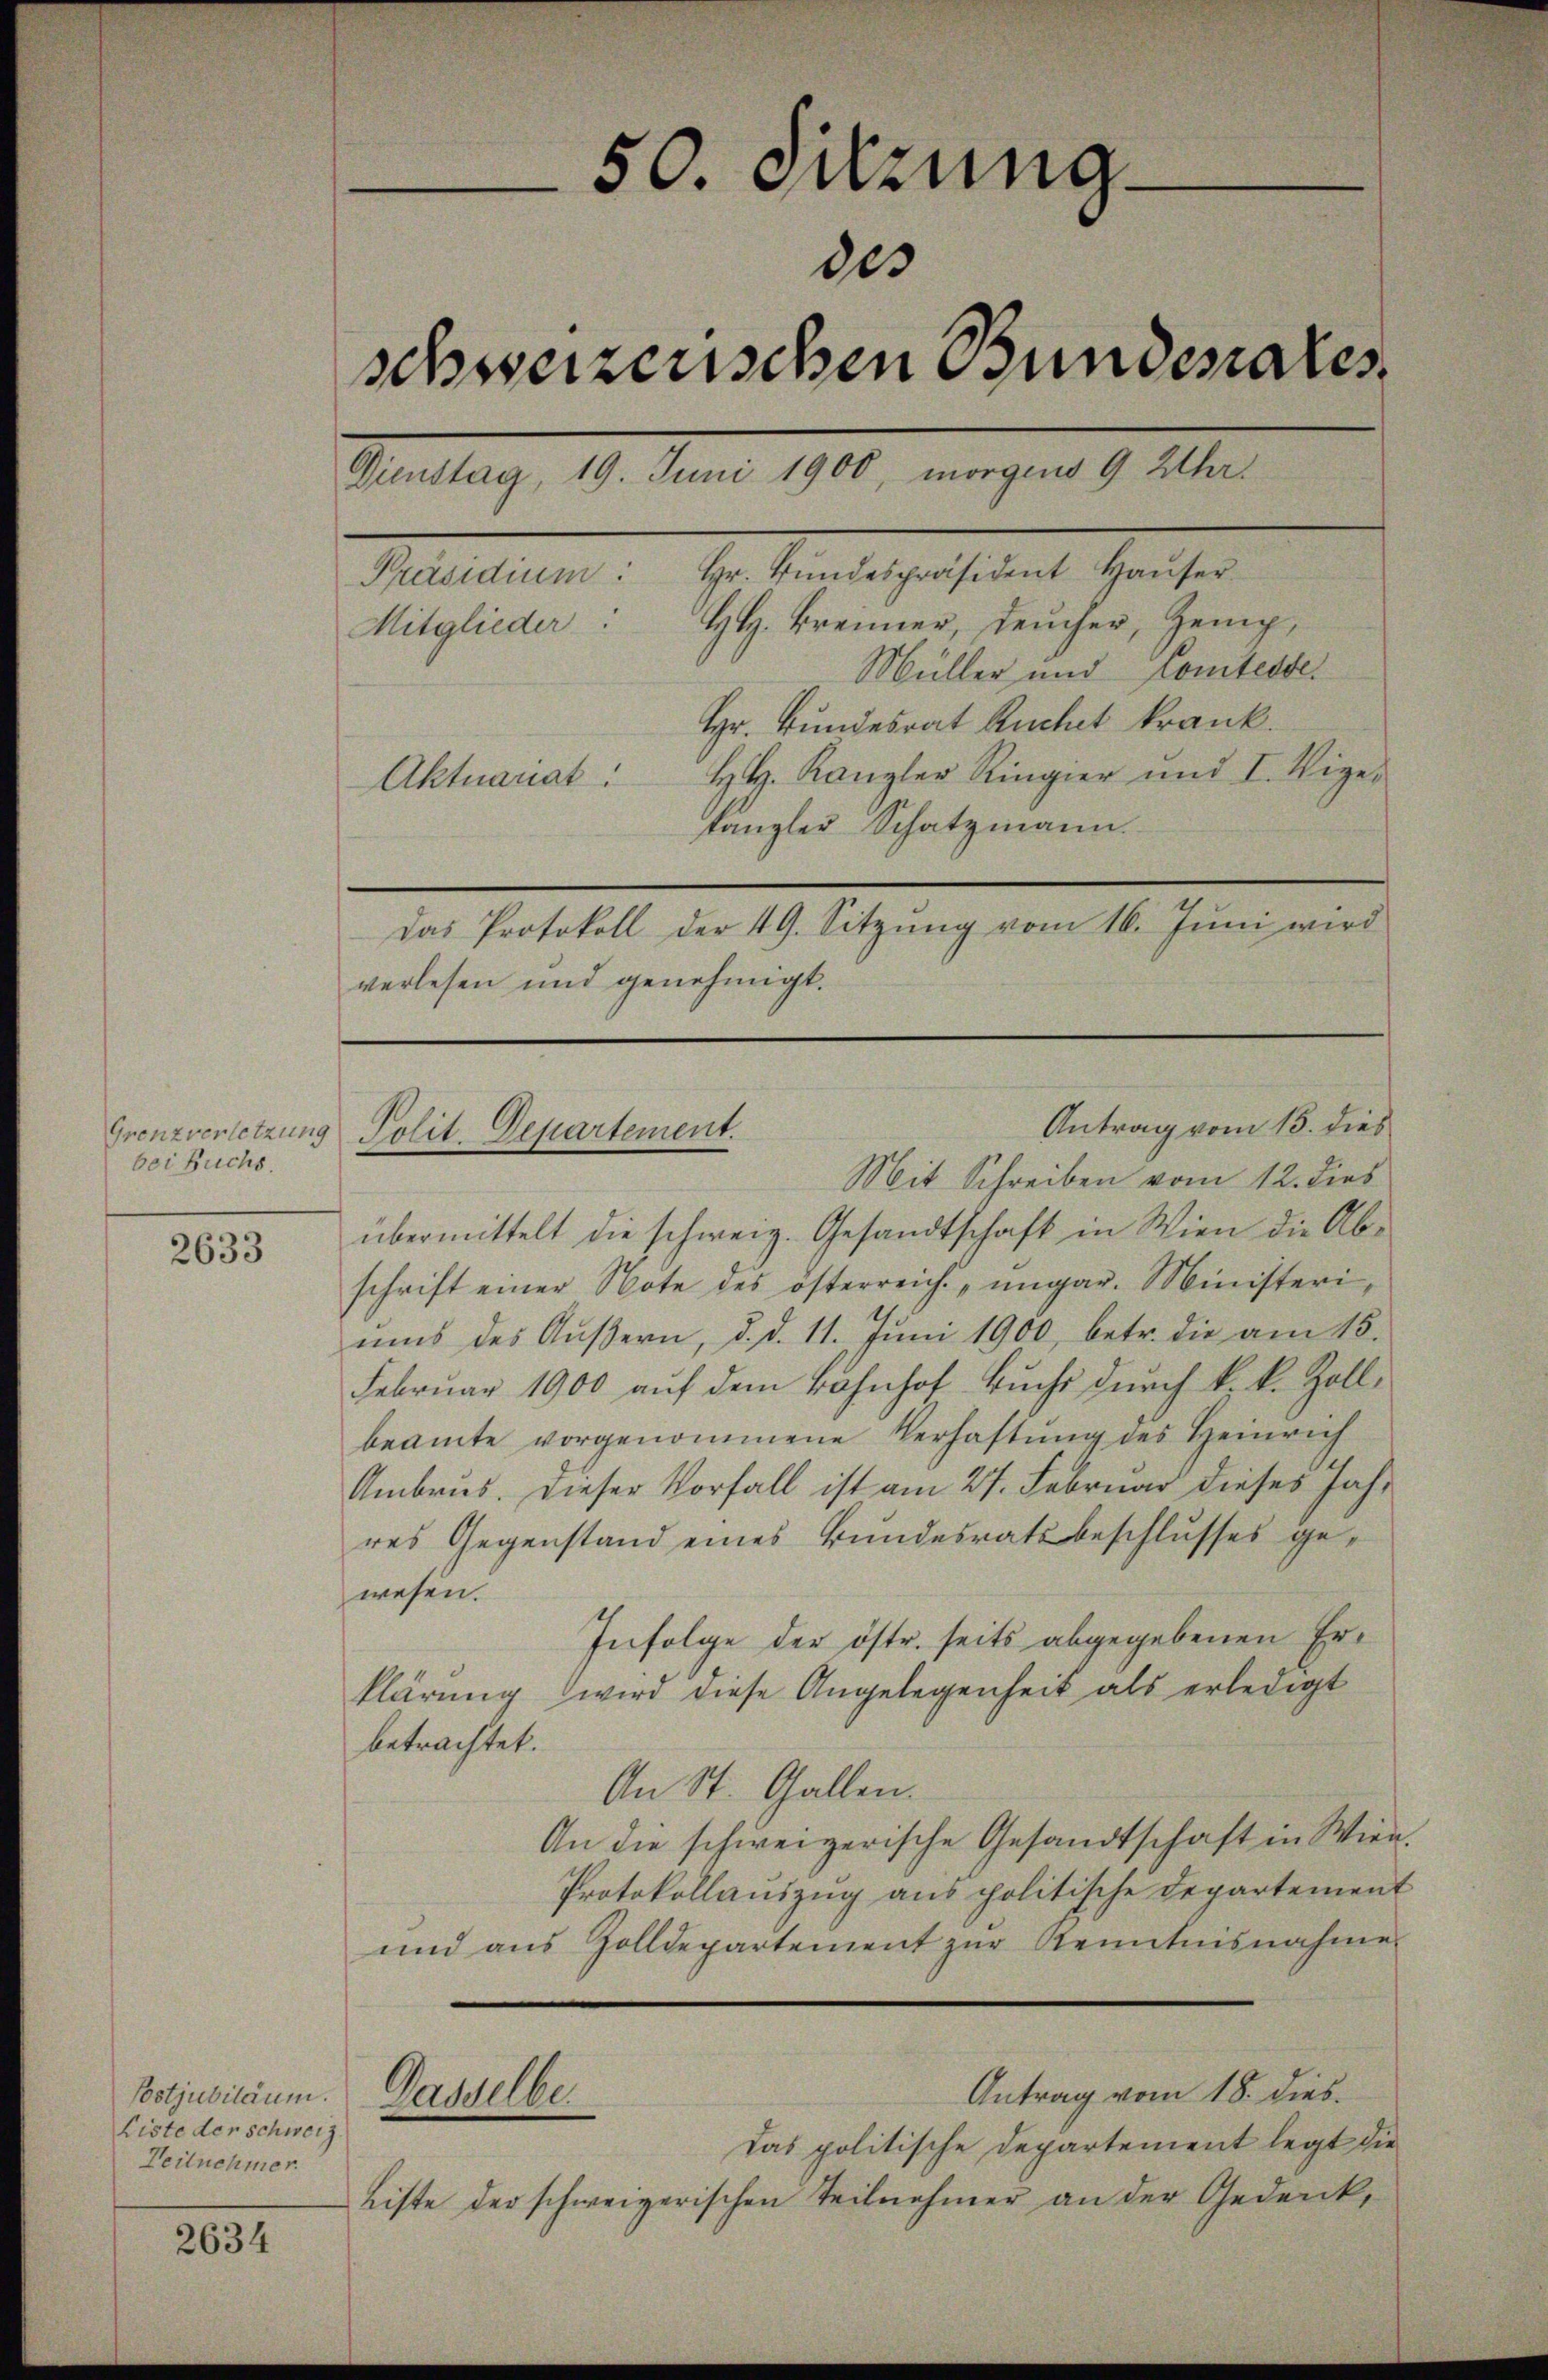
bei Buchs.

2633

Costjubiläum.
Liste der Schweiz.
Teilnehmer.

2634

50. Sitzung.
des
schweizerischen Bundesrates
Dienstag, 19. Juni 1906, morgens 9 Uhr.
Präsidium: Hr. Bŭndespräsident Haŭser
HH. Kreimer, Feucher, Zemp,
Mitglieder:
Müller und Comtesse.
Hr. Bundesrat Ruchet krank.
H. Kanzler Ringier und I. Vige¬
Aktuariat
kanzler Schatzmann.

verlesen und genehmigt.

Grenzverletzung Polit. Departement.

Mit Schreiben vom 12. dies
übermittelt die schweiz. Gesandtschaft in Wien die Abschrift einer Note des österreich „ungar. Ministeri,
ums des Aŭβern, d. d. 11. Jŭni 1900, betr. die am 15.
Februar 1900 auf dem Bahnhof Buchs durch k. k. Zollbeamte vorgenommene Verhaftung des Heinrich
Ambrus. Dieser Vorfall ist am 27. Februar dieses Jahr
res Gegenstand eines Bundesratsbeschlusses gewesen.
Infolge der östr. seits abgegebenen Erklärung wird diese Angelegenheit als erledigt
betrachtet.
An St. Gallen.
An die schweizerische Gesandtschaft in Wien
Protokollauszug aus politische Departement
und aus Zolldepartement zŭr Kenntnisnahme
Antrag vom 18. dies.
Dasselbe.
Das politische Departement legt die
Liste der schweizerischen Teilnehmer an der Gedank,

das Protokoll der 49. Sitzŭng vom 16. Jŭni wird

Antrag vom 15. dies